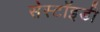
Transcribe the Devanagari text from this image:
सेस्टॉइडी